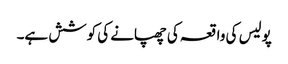
پولیس کی واقعہ کی چھپانے کی کوشش ہے۔